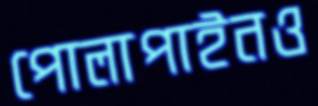
পোলাপাইনও